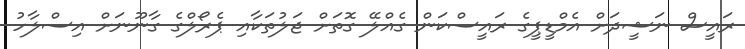
ރައީސް ނަޝީދަށް އެމްޑީޕީގެ ރައީސްކަން ގެއްލޭ ގޮތަށް ޖަލުތަކާއި ޕެރޯލްގެ ގާނޫނަށް އިސްލާހު